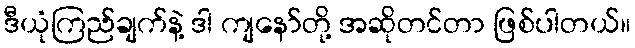
ဒီယုံကြည်ချက်နဲ့ ဒါ ကျနော်တို့ အဆိုတင်တာ ဖြစ်ပါတယ်။